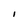
Character: I